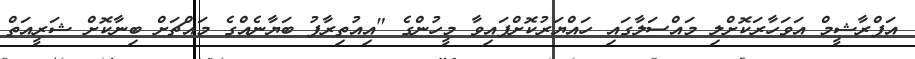
އަފްރާޝީމް އަވަހާރަކޮށްލި މައްސަލާގައި ހައްޔަރުކޮށްފައިވާ މީހުންގެ "އިއުތިރާފު ބަޔާނެއްގެ މައްޗަށް ބިނާކޮށް ޝަރީއަތް